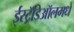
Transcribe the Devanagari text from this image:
ईस्ट्रॅडिऑलमधे